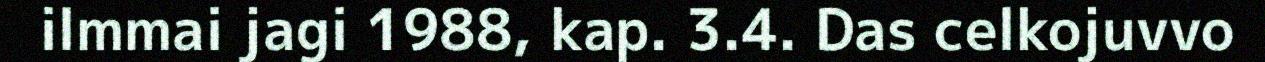
ilmmai jagi 1988, kap. 3.4. Das celkojuvvo